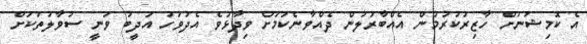
އެ ކޮމިޝަނަށް ހާޒިރުކުރުމުން އެއްބާރުލުން ދެއްވާނެކަމަށް ވިދާޅުވެ އެދުވަހު އަދީބު ވަނީ ސުވާލުތަކަށް